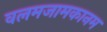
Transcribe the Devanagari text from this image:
वलमजामकानम